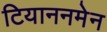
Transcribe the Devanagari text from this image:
टियाननमेन